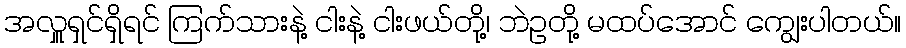
အလှူရှင်ရှိရင် ကြက်သားနဲ့ ငါးနဲ့ ငါးဖယ်တို့၊ ဘဲဥတို့ မထပ်အောင် ကျွေးပါတယ်။